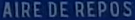
AIREDEREPOS